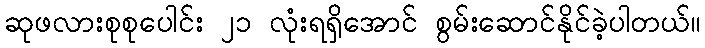
ဆုဖလားစုစုပေါင်း ၂၁ လုံးရရှိအောင် စွမ်းဆောင်နိုင်ခဲ့ပါတယ်။